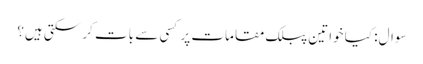
سوال: کیا خواتین پبلک مقامات پر کسی سے بات کر سکتی ہیں؟